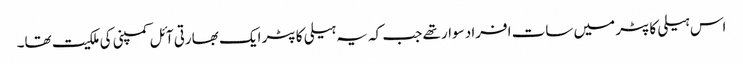
اس ہیلی کاپٹر میں سات افراد سوار تھے جب کہ یہ ہیلی کاپٹر ایک بھارتی آئل کمپنی کی ملکیت تھا۔